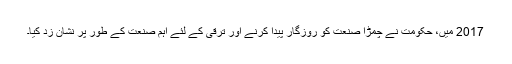
2017 میں، حکومت نے چمڑا صنعت کو روزگار پیدا کرنے اور ترقی کے لئے اہم صنعت کے طور پر نشان زد کیا۔